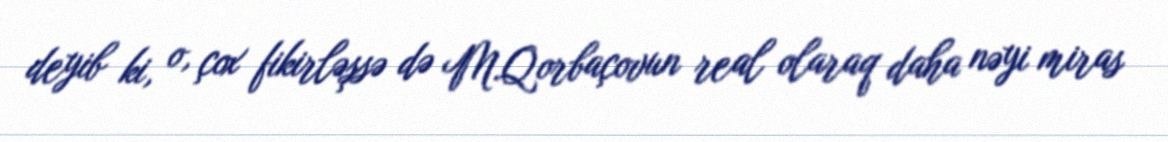
deyib ki, o, çox fikirləşsə də M.Qorbaçovun real olaraq daha nəyi miras